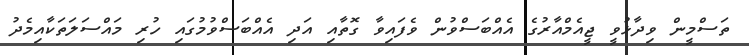
ތަސްމީން ވިދާޅުވީ ޖީއެމްއާރުގެ އެއްބަސްވުން ވެފައިވާ ގޮތާއި އަދި އެއްބަސްވުމުގައި ހުރި މައްސަލަތަކާއިމެދު